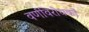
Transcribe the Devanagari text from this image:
वर्णविरोधकों